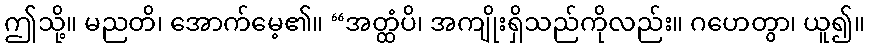
ဤသို့။ မညတိ၊ အောက်မေ့၏။ “အတ္ထံပိ၊ အကျိုးရှိသည်ကိုလည်း။ ဂဟေတွာ၊ ယူ၍။